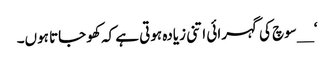
‘ __سوچ کی گہرائی اتنی زیادہ ہوتی ہے کہ کھو جاتا ہوں۔